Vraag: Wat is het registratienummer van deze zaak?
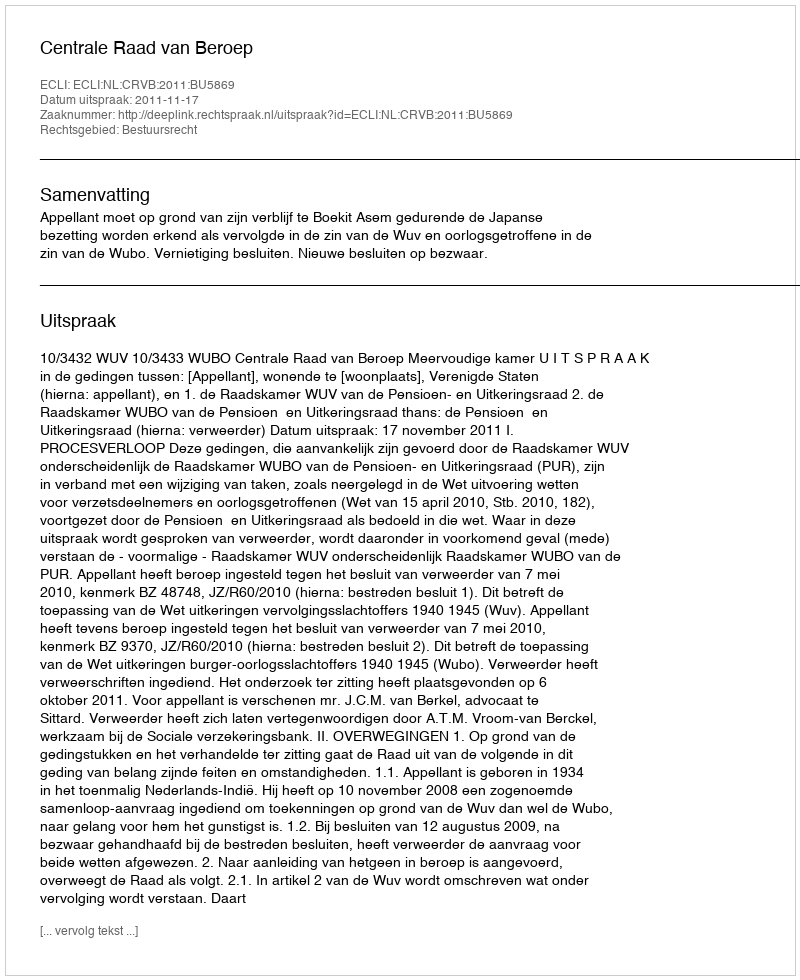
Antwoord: http://deeplink.rechtspraak.nl/uitspraak?id=ECLI:NL:CRVB:2011:BU5869